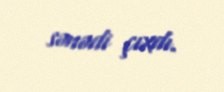
sənədi çıxdı.